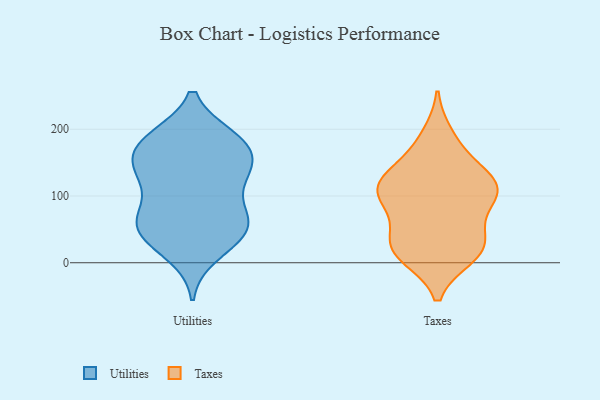
{"axis": {"x": "Humidity (%)", "y": "Value"}, "legend": ["Taxes", "Utilities"], "data": [{"x": "", "y": 144, "type": "Utilities"}, {"x": "", "y": 187, "type": "Utilities"}, {"x": "", "y": 132, "type": "Utilities"}, {"x": "", "y": 13, "type": "Utilities"}, {"x": "", "y": 72, "type": "Utilities"}, {"x": "", "y": 122, "type": "Utilities"}, {"x": "", "y": 177, "type": "Utilities"}, {"x": "", "y": 146, "type": "Utilities"}, {"x": "", "y": 179, "type": "Utilities"}, {"x": "", "y": 31, "type": "Utilities"}, {"x": "", "y": 39, "type": "Utilities"}, {"x": "", "y": 127, "type": "Utilities"}, {"x": "", "y": 78, "type": "Utilities"}, {"x": "", "y": 55, "type": "Utilities"}, {"x": "", "y": 48, "type": "Utilities"}, {"x": "", "y": 150, "type": "Utilities"}, {"x": "", "y": 64, "type": "Utilities"}, {"x": "", "y": 185, "type": "Utilities"}, {"x": "", "y": 62, "type": "Utilities"}, {"x": "", "y": 187, "type": "Utilities"}, {"x": "", "y": 28, "type": "Taxes"}, {"x": "", "y": 18, "type": "Taxes"}, {"x": "", "y": 105, "type": "Taxes"}, {"x": "", "y": 12, "type": "Taxes"}, {"x": "", "y": 10, "type": "Taxes"}, {"x": "", "y": 116, "type": "Taxes"}, {"x": "", "y": 39, "type": "Taxes"}, {"x": "", "y": 126, "type": "Taxes"}, {"x": "", "y": 52, "type": "Taxes"}, {"x": "", "y": 93, "type": "Taxes"}, {"x": "", "y": 190, "type": "Taxes"}, {"x": "", "y": 95, "type": "Taxes"}, {"x": "", "y": 21, "type": "Taxes"}, {"x": "", "y": 107, "type": "Taxes"}, {"x": "", "y": 173, "type": "Taxes"}, {"x": "", "y": 128, "type": "Taxes"}, {"x": "", "y": 101, "type": "Taxes"}, {"x": "", "y": 136, "type": "Taxes"}]}